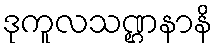
ဒုကူလသဏ္ဌနာနိ